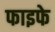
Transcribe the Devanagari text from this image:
फाइफे